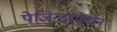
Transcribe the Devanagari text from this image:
पेजिन्टरफेरॉन